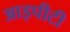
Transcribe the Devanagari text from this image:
आइपीटी